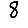
Digit: 8